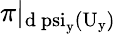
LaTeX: \pi|_{\mathrm{d\ psi_{y}(U_{y})}}